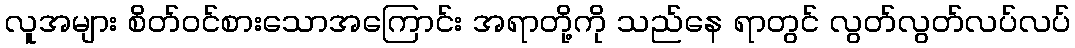
လူအများ စိတ်ဝင်စားသောအကြောင်း အရာတို့ကို သည်နေ ရာတွင် လွတ်လွတ်လပ်လပ်